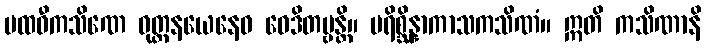
ပထဝီကသိဏေ ဝုတ္တနယေနေဝ ဝေဒိတဗ္ဗန္တိ။ ပရိစ္ဆိန္နာကာသကသိဏံ။ ဣတိ ကသိဏာနိ